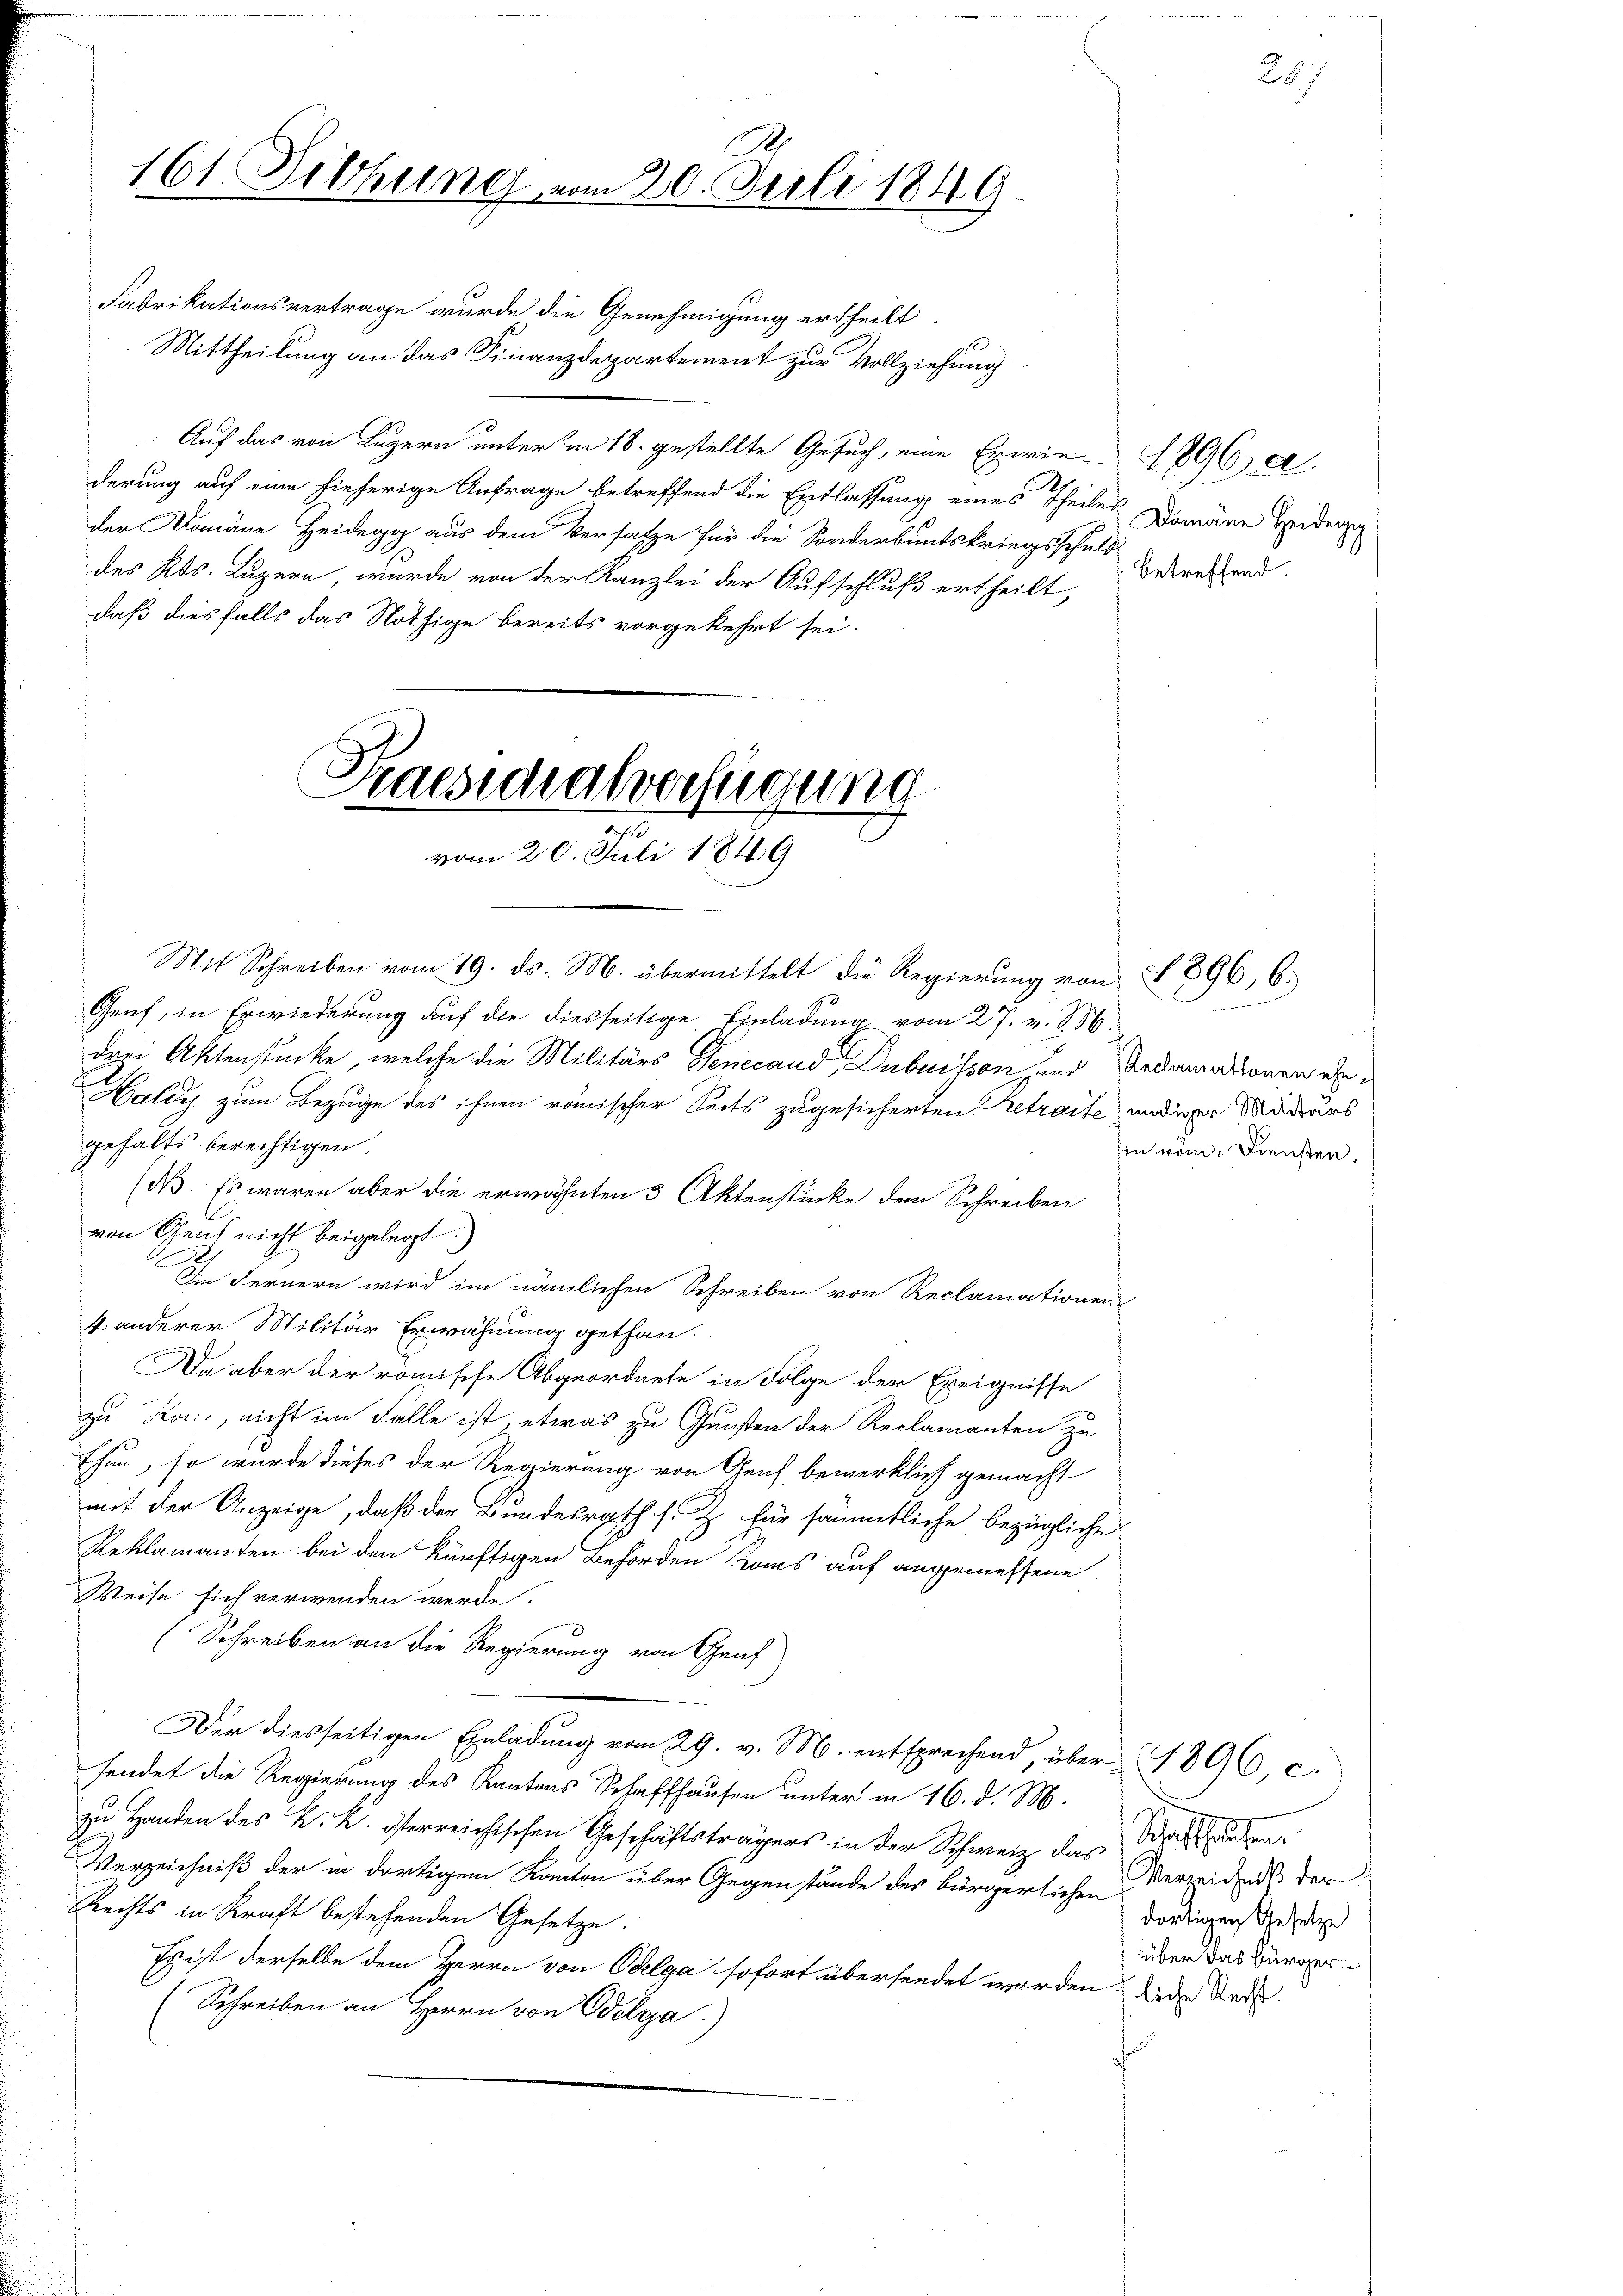
n
161. Dittung vom 20. Juli 1849.

Fabrikationsvertrage wurde die Genehmigung ertheilt.
Mittheilung an das Finanzdepartement zur Vollziehung
Auf das von Luzern unterm 18. gestellte Gesuch, eine Erwie- 1896 a.
derung auf eine hieherige Anfrage betreffend die Entlassung eines Theiles Domäne Heiden
der Domäne Heidegg aus dem Versatze für die Sonderbundskriegsschuld
des Kts. Luzern, wurde von der Kanzlei der Aufschluß ertheilt,
daß diesfalls das Nöthige bereits vorgekehrt sei.

Praesidialverfügung
m
vom 20. Juli 1849

Mit Schreiben vom 19. ds. M. übermittelt die Regierŭng von § 896, 6.
Genf, in Erwiederung auf die diesseitige Einladung vom 27. v. 8. 56.
drei Aktenstücke, welche die Militärs Generand Dubuisson und Redamnationen ehe¬
Haley zum Bezuge des ihnen römischer Seits zugesicherten Retraite undiger Mandars
gehalts berechtigen.
(N. Es waren aber die erwähnten 3 Aktenstücke den Schreiben
von Gens nicht beigelegt)
Im Fernern wird im nämlichen Schreiben von Reclamationen
4. anderer Militär Erwähnung gethan.
Da aber der römische Abgeordnete in Folge der Ereignisse
zu Kori, nicht im Falle ist, etwas zu Gunsten der Reclamanten zu
Thun, so wurde dieses der Regierung von Genf bemerklich gemacht
mit der Anzeige, daß der Bundesrath s. Z. für sämmtliche bezügliche
Reklamanten bei den künftigen Behörden Roms auf angemessene
Weise sich verwenden werde.
Schreiben an die Regierung von Graf
Der diesseitigen Einladŭng vom 29. v. M. entsprechend, über 1896, c.
sendet die Regierung des Kantons Schaffhausen unter in 16. d. M.
zu Handen des k. k. österreichischen Geschäftsträgers in der Schweiz das Schaften
Verzeichniß der in dortigem Kanton über Gegenstände des bürgerlichen Verweidends der
Rechts in Kraft bestehenden Gesetze.
Es ist derselbe dem Herrn von Oelga sofort übersendet worden, die Red
(Schreiben an Herrn von Edelga.)

betreffend.

n röm. Diensten.

n

dortigen Gesetze
über das Bürger

287